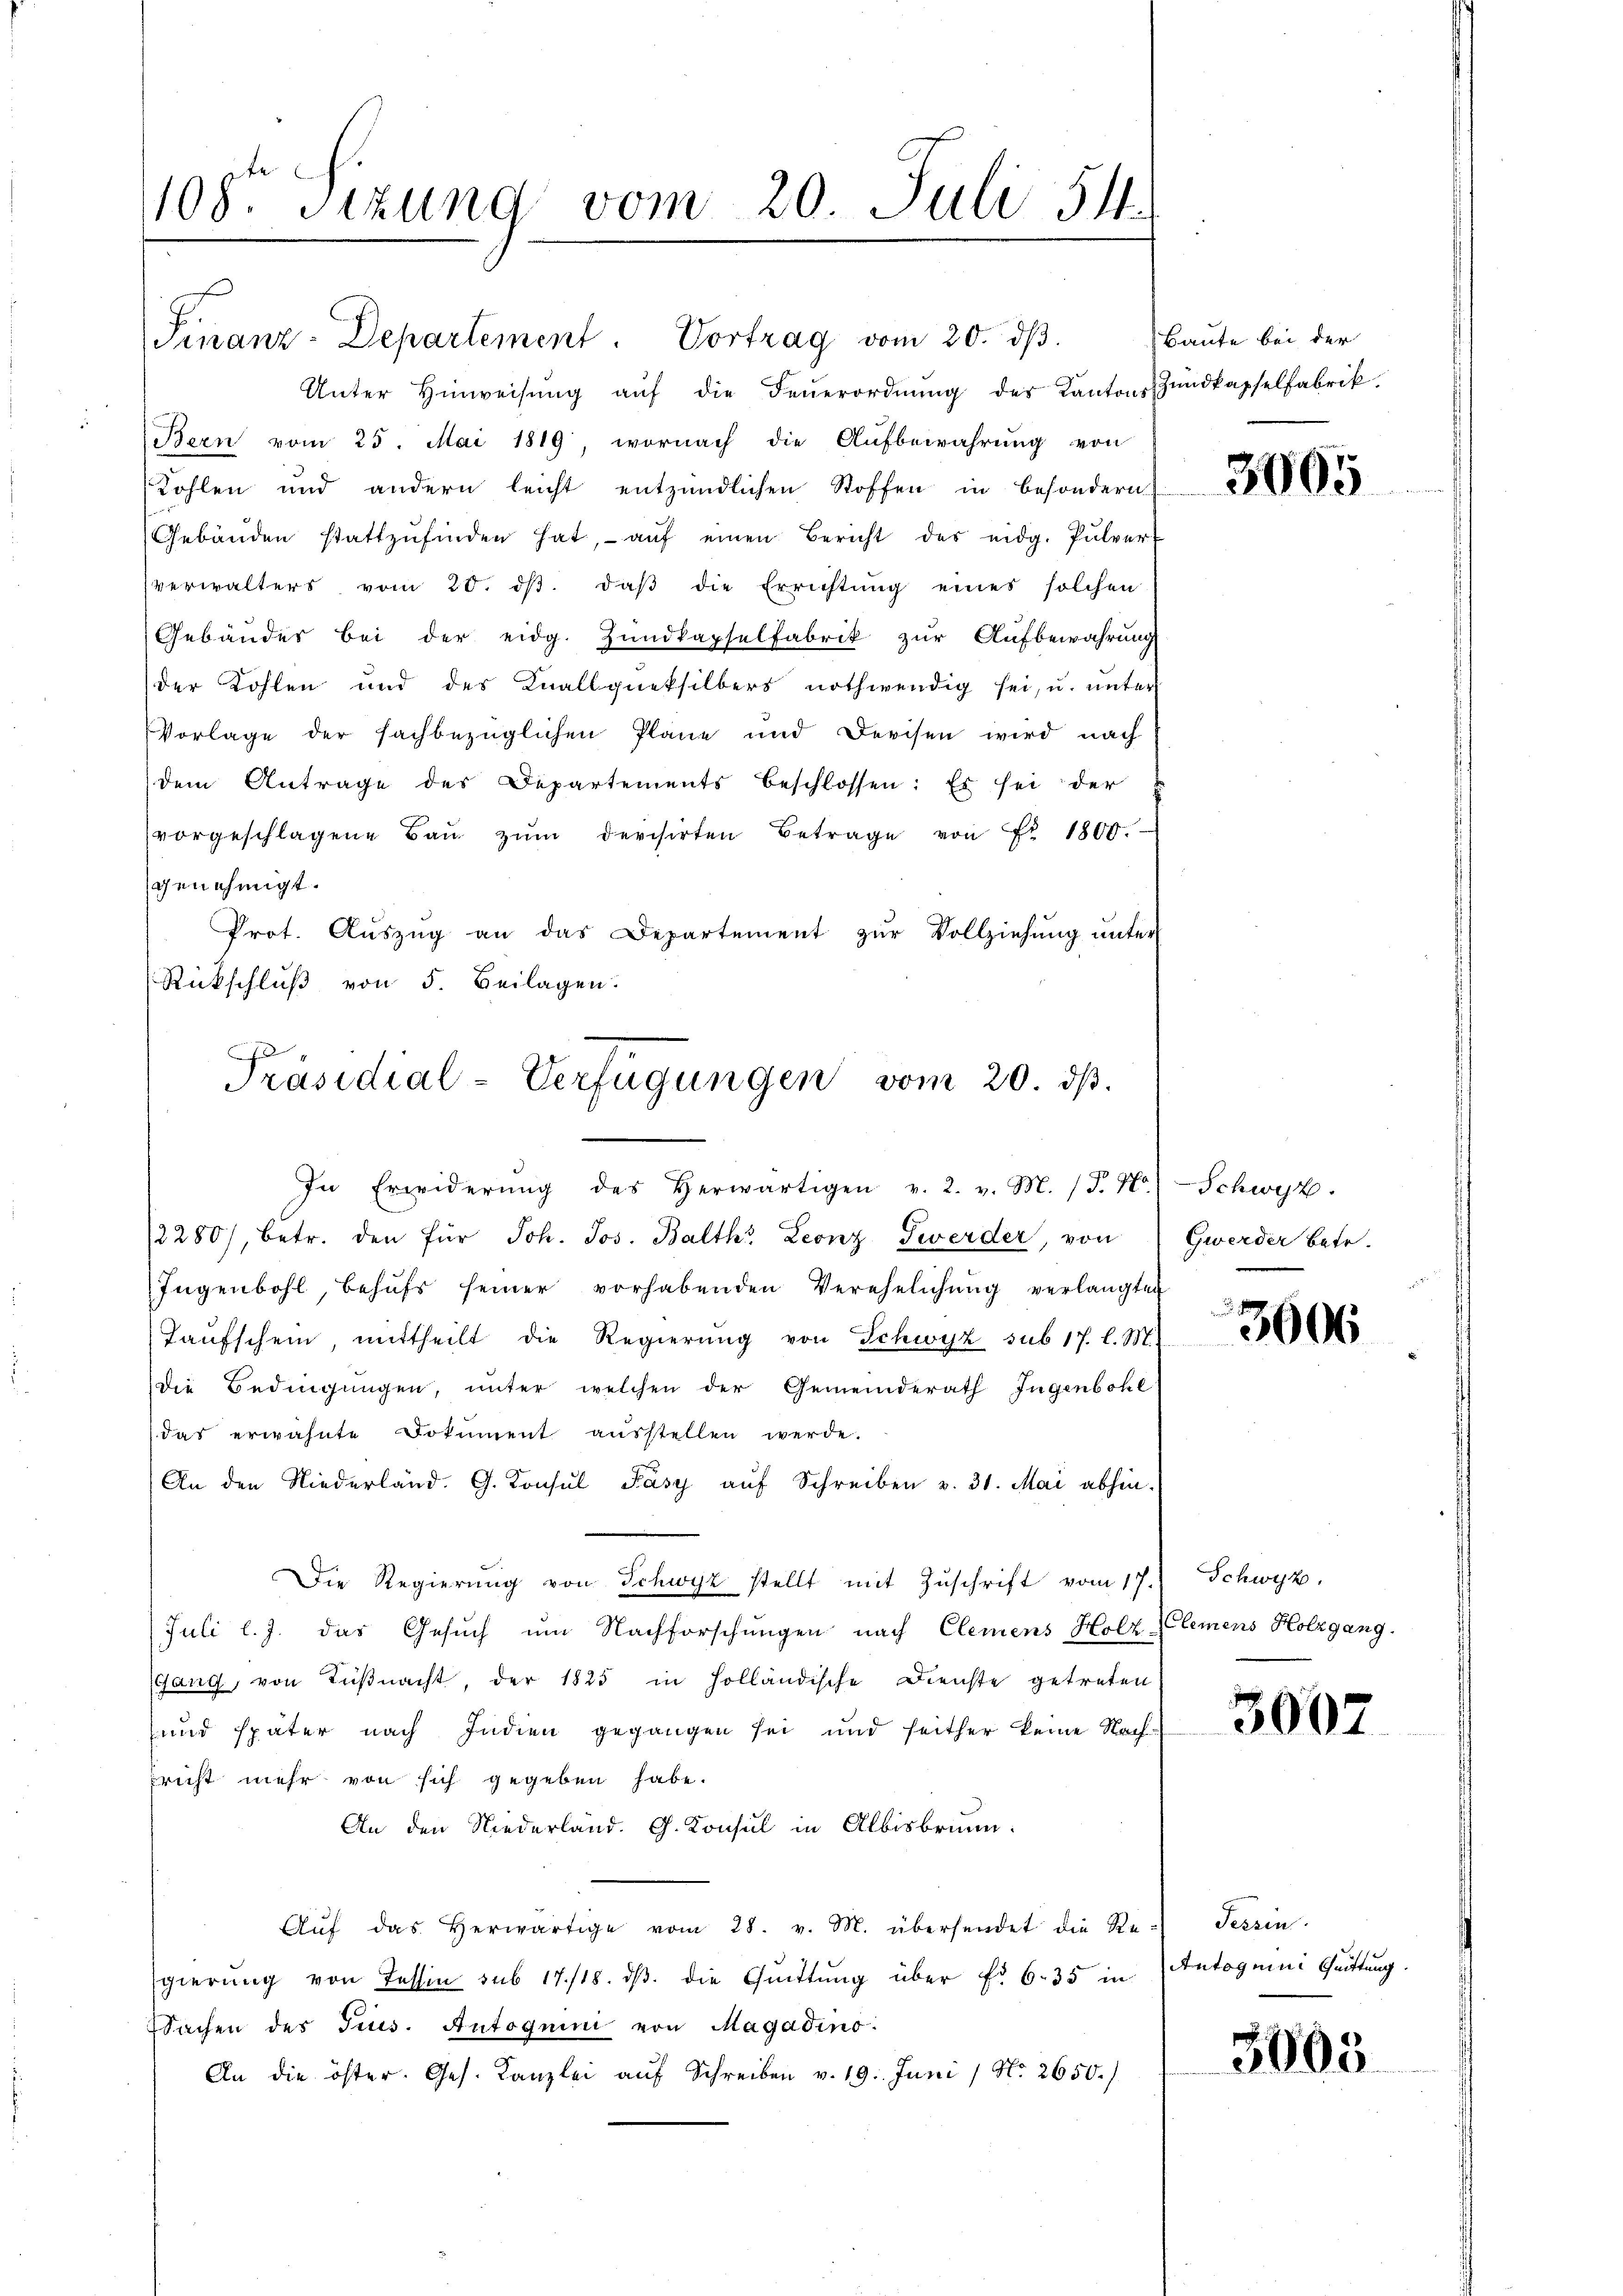
108. Sizung vom 20. Juli 54.

Finanz-Departement. Vortrag vom 20. dβ.
Unter Hinweisŭng aŭf die Feŭerordnŭng des Kantons Zŭndkapselfabrik.
Bern vom 25. Mai 1819 wornach die Aufbewahrung von
Kohlen und andern leicht entzündlichen Stoffen in besondern
Gebäŭden stattzŭfinden hat, aŭf einen Bericht des eidg. Pulver-
verwalters vom 20. dβ. daβ die Errichtŭng eines solchen
Gebäuder bei der eidg. Hŭndkapselfabrik zŭr Aŭfbewahrung
der Kohlen und des Knallqueksilbers nothwendig sei, u. unter
Vorlage der sachbezüglichen Pläne und Devisen wird nach
dem Antrage des Departements beschlossen: Es sei der
vorgeschlagene Baŭ zŭm devisirten Betrage von Fr. 1800.
genehmigt.
Prot. Auszug an das Departement zur Vollziehung unter
Rückschluß von 5. Beilagen.

Präsidial-Verfügungen vom 20. ds.

In Erwiderŭng des herwärtigen v. 2. v. M. (T. H. Schwyz.
2280), betr. den für Joh. Jos. Balth. Leonz Swerder, von Gwerder betr.
Jugenbohl, behufs seiner vorhabenden Verehelichung verlangten
Taufschein, mittheilt die Regierung von Schwyz sub 17. l. M.
Die Bedingungen, unter welchen der Gemeinderath Ingenbohl
das erwähnte Dokument ausstellen werde.
An den Niederland. G. Konsŭl Pásy aŭf Schreiben v. 31. Mai abhin-
Die Regierung von Schwyz stellt mit Zuschrift vom 17.
Juli l. J. das Gesuch um Nachforschungen nach Clemens Holz Clemens Holzgang.
Gang, von Küßnacht, der 1825 in Holländische Dienste getreten
und später nach Indien gegangen sei und seither keine Nachricht mehr von sich gegeben habe.
An den Niederland. G. Konsul in Albisbrunn
Aŭf das herwärtige vom 28. v. M. übersendet die Regierŭng von Tessin sub 17./18. dβ die Quittung über fr. 6. 35 in Antoguini Quittung.
Sachen des Trus. Autoguini von Magadino.
An die öster. Ges. Kanzlei aŭf Schreiben v. 19. Juni / No. 2650.)

Baute bei der

3005

3606

Schwyz.

3005

Tessin.

5005